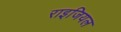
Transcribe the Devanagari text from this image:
राइजियल